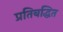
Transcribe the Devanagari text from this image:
प्रतिबद्धित